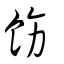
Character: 飭